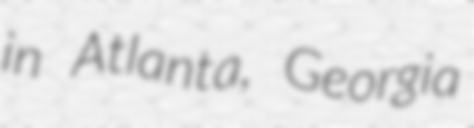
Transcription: in Atlanta, Georgia